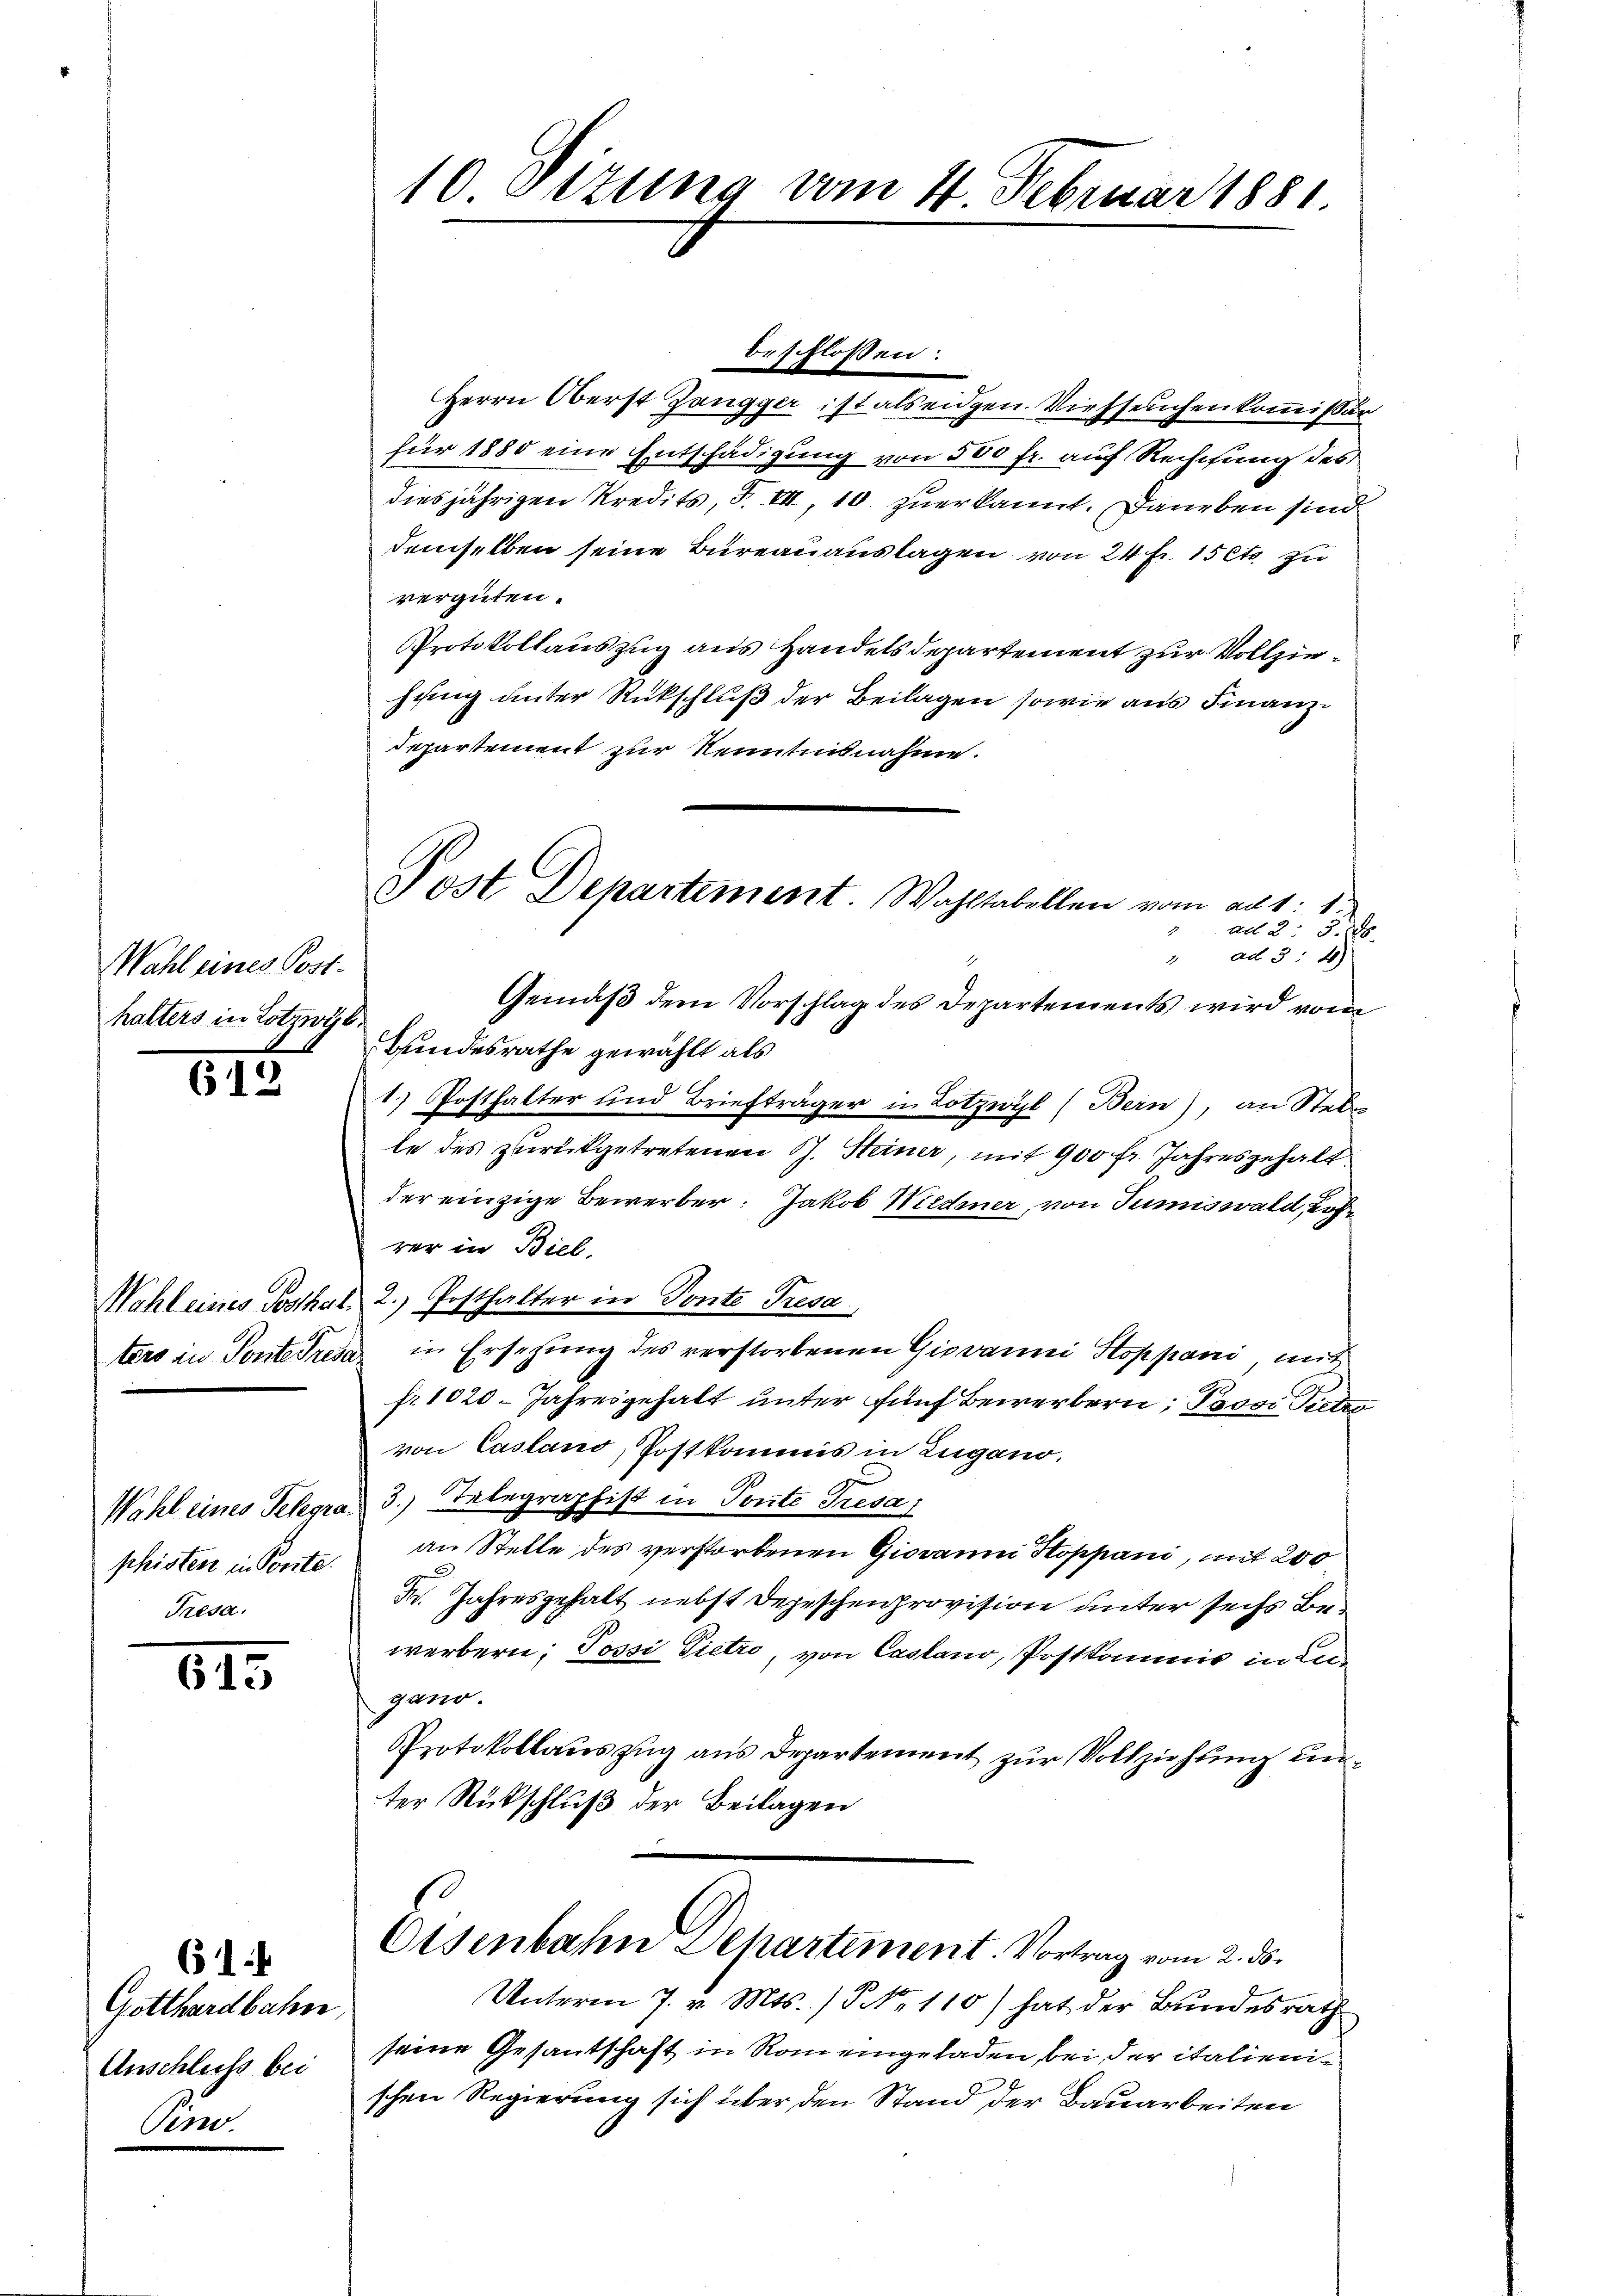
Wahl eines Posthalters in Lotzwyl,

phisten in Porte.
Tresa.

815

615

61
Gotthardbahn,
Anschluss bei
Seno.

Herrn Oberst Zangger ist als eidgen. Viehseuchenkommißar
für 1880 eine Entschädigung von 500 fr. auf Rechnung des
diesjährigen Kredits, F. VII, 10. zuerkannt. Daneben sind
demselben seine Büreauauslagen von 24 fr. 15 Cts zu
vergüten.
Protokollauszug aus Handelsdepartement zur Vollziehung unter Rückschluß der Beilagen sowie aus Finanzdepartement zur Nenntnisnahme.
Gemäß dem Vorschlag des Departements wird vom
Bundesrathe gewählt als
1.) Posthalter und Briefträger in Lotzwyl (Bern), an Stade
le des zurückgetretenen S. Steiner, mit 900 fr. Jahresgehalt
der einzige Bewerber: Jakob Wiedmer, von Tumiswald, Lehrer in Biel.
Wahl eines Posthal. 2. Posthalter in Tonte Tresa
tero in Ponteresa in Ersetzung des verstorbenen Giovanni Stoppani, mit
fr. 1020. Jahresgehalt unter fünf Bewerbern; Pavor Pietro
von Casland, Postkommis in Zugano.
Wahl eines Telegrad 3.) Telegraphist in Ponte Tresa
an Stelle des verstorbenen Giovanni Stoppani, mit 200
Fr. Jahresgehalt nebst Depeschenprovision unter sechs Bewerbern; Tossi Pietro, von Castano, Postkommis in Lugano.
Protokollauszug aus Departement zur Vollziehung unter Rückschluß der Beilagen

10 Dizung vom 4. Februar 1881.

Post Departement. Wahltabellen vom ad 1. 1
ad 2. 58
ad 3: 4)
2

beschlossen:

Osenbahn Departement. Vortrag vom 2. ds.

Unterm 7. v. Mts. /5 No 110) hat der Bundesrath
seine Gesantschaft in Rom eingeladen, bei der italienischen Regierung sich über den Stand der Bauarbeiten